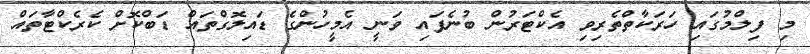
މި ފިލްމުގައި ހަރަކާތްތެރިވި އެކްޓަރުން ބުނެފައި ވަނީ އެމީހުންގެ ޑައިލޮގްތައް ޑަބްކޮށް ކެރެކްޓާތައް